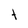
Character: t